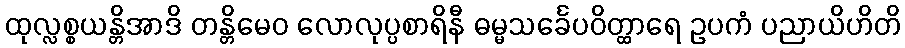
ထုလ္လစ္စယန္တိအာဒိ တန္တိမေဝ လောလုပ္ပစာရိနီ ဓမ္မသင်္ခေပဝိတ္ထာရေ ဥပကံ ပညာယိဟိတိ